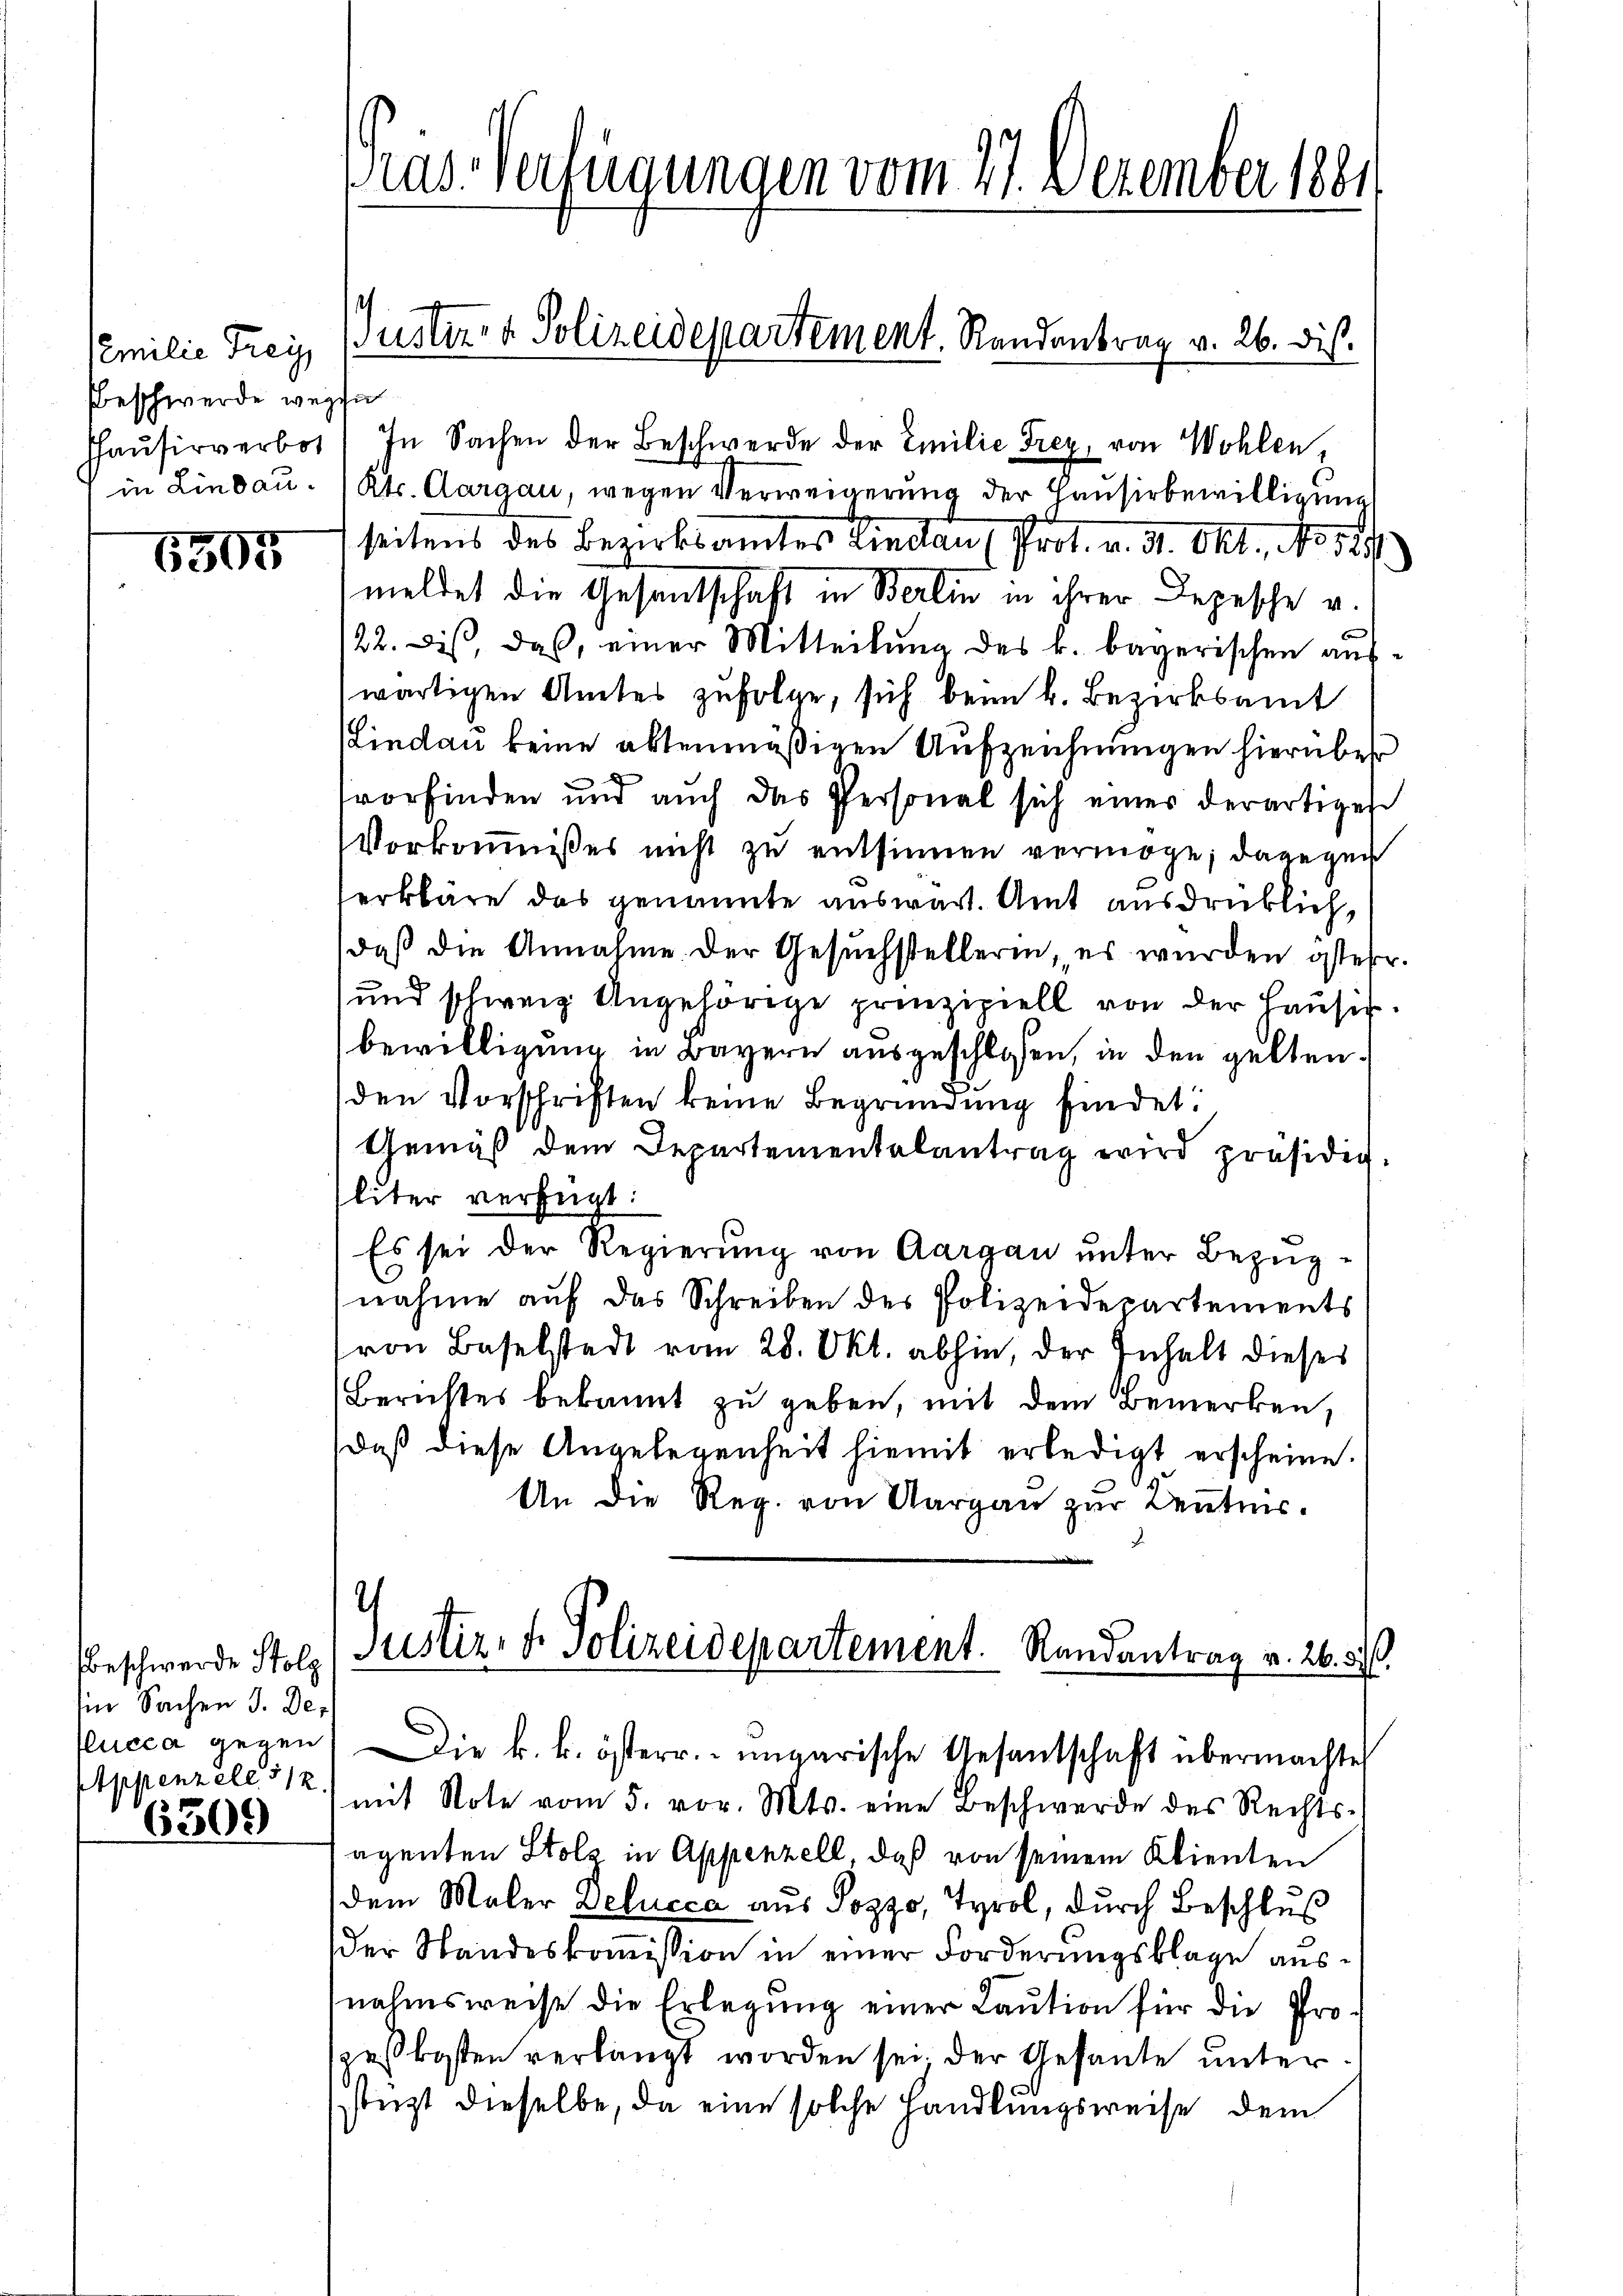
milie Frei
Beschwerde wegen
in Lindau.

6305

Beschwerde Stolz
Ein Sachen J. Delucca gegen
Appenzell 512.

6300

Pras-Verfügungen vom 27. Dezember 1881

Justiz- & Polizeidepartement. Randantrag v. 26. Dis

Haŭsirverbot. In Sachen der Beschwerde der Emilie Frey, von Wohlen
Kts. Aargau, wegen Verweigerung der Hausirbewilligung
seitens des Bezirksamtes Lindau (Prot. v. 4. Okt., No. 184
meldet die Gesandtschaft in Berlin in ihrer Depesche v.
22. Dis, daß, einer Mitteilung des k. bayerischen auswärtigen Amtes zufolge, sich beim k. Bezirksamt
Lindau keine altenmäßigen Aufzeichnungen hierüber
vorfinden und auch das Personal sich eines derartiges
Vorkommnißes nicht zu entsinnen vermöge; dagegen
erkläre das genannte auswart. Amt ausdrücklich,
daß die Annahme der Gesŭchstellerin, es wurden steher.
und schweiz. Angehörige prinzipiell von der Hausis.
bewilligung in Bayern ausgeschlossen, in den gelten.
den Vorschriften keine Begründung findet.
Gemäβ dem Departementalantrag wird präsidig.
liter verfügt:
Es sei der Regierung von Aargau unter Bezügnahme auf das Schreiben des Polizeidepartements
von Baselstadt vom 28. Okt. abhin, der Inhalt dieses
Berichtes bekannt zu geben, mit dem Bemerken,
daß diese Angelegenheit hiemit erledigt erscheine.
An die Reg. von Aargau zur Kenntnis.
.
Justiz- & Polizeidepartement. Randantrag v. 26. d.

Die k. k. österr. ungarische Gesantschaft übermachte

mit Note vom 5. vor. Mts. eine Beschwerde des Rechtsegenten Stols in Appenzell, daß von seinem Klienten
dem Maler Delucca aus Pozzo, Tyrol, durch Beschluß
der Standeskoṁission in einer Forderungsklage ausnahmsweise die Erlegung einer Caution für die Prospeßkosten verlangt worden sei. Der Gesante unterstüzt dieselbe, da eine solche Handlungsweise dem